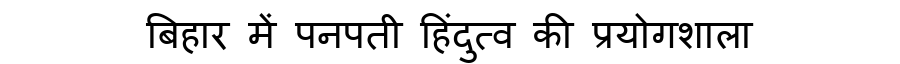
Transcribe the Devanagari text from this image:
बिहार में पनपती हिंदुत्व की प्रयोगशाला